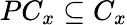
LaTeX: PC_{x}\subseteq C_{x}